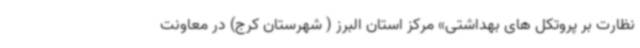
نظارت بر پروتکل های بهداشتی» مرکز استان البرز ( شهرستان کرج) در معاونت